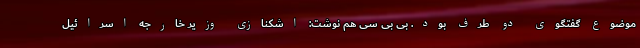
موضوع گفتگوی دو طرف بود. بی بی سی هم نوشت: اشکنازی وزیر خارجه اسرائیل